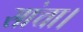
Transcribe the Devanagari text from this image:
सांचा।